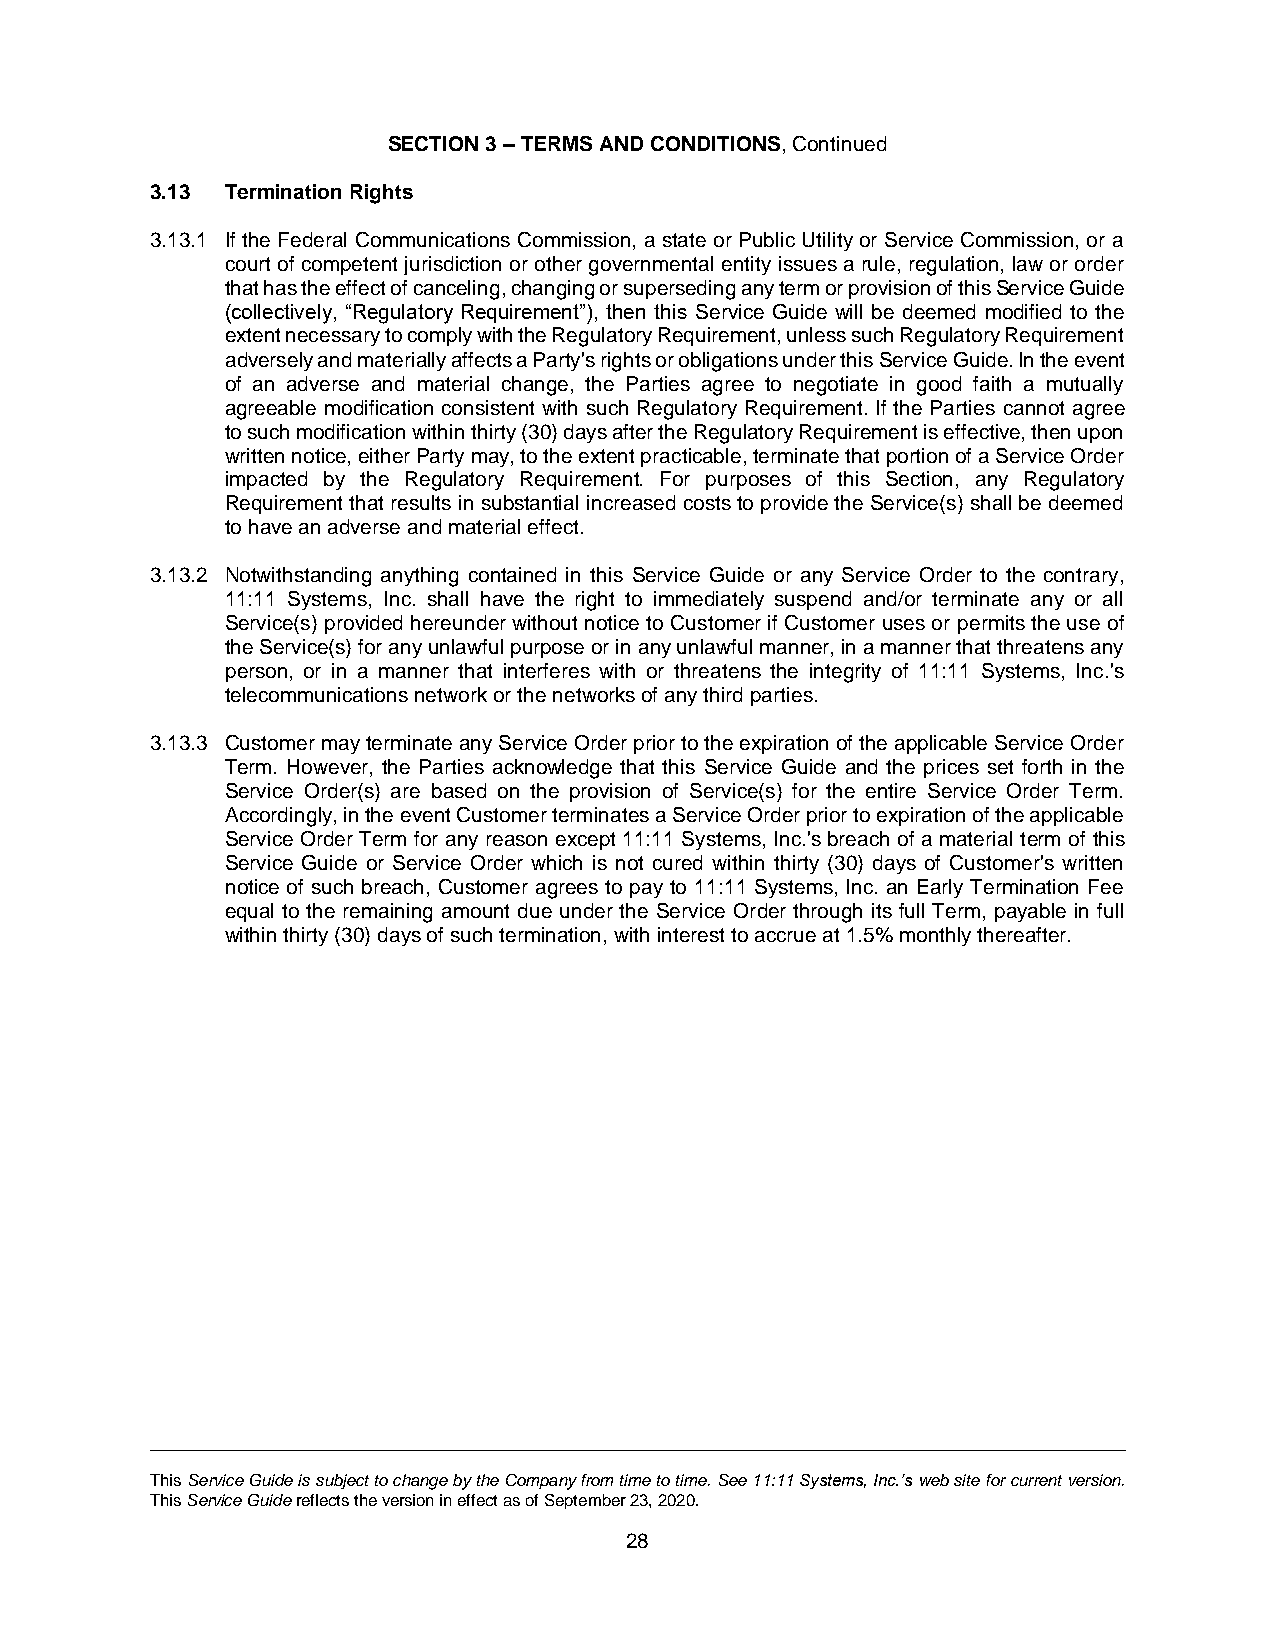
SECTION 3 – TERMS AND CONDITIONS, Continued
 3.13 Termination Rights
 3.13.1 If the Federal Communications Commission, a state or Public Utility or Service Commission, or a
 court of competent jurisdiction or other governmental entity issues a rule, regulation, law or order
 that has the effect of canceling, changing or superseding any term or provision of this Service Guide
 (collectively, “Regulatory Requirement”), then this Service Guide will be deemed modified to the
 extent necessary to comply with the Regulatory Requirement, unless such Regulatory Requirement
 adversely and materially affects a Party's rights or obligations under this Service Guide. In the event
 of an adverse and material change, the Parties agree to negotiate in good faith a mutually
 agreeable modification consistent with such Regulatory Requirement. If the Parties cannot agree
 to such modification within thirty (30) days after the Regulatory Requirement is effective, then upon
 written notice, either Party may, to the extent practicable, terminate that portion of a Service Order
 impacted by the Regulatory Requirement. For purposes of this Section, any Regulatory
 Requirement that results in substantial increased costs to provide the Service(s) shall be deemed
 to have an adverse and material effect.
 3.13.2 Notwithstanding anything contained in this Service Guide or any Service Order to the contrary,
 11:11 Systems, Inc. shall have the right to immediately suspend and/or terminate any or all
 Service(s) provided hereunder without notice to Customer if Customer uses or permits the use of
 the Service(s) for any unlawful purpose or in any unlawful manner, in a manner that threatens any
 person, or in a manner that interferes with or threatens the integrity of 11:11 Systems, Inc.'s
 telecommunications network or the networks of any third parties.
 3.13.3 Customer may terminate any Service Order prior to the expiration of the applicable Service Order
 Term. However, the Parties acknowledge that this Service Guide and the prices set forth in the
 Service Order(s) are based on the provision of Service(s) for the entire Service Order Term.
 Accordingly, in the event Customer terminates a Service Order prior to expiration of the applicable
 Service Order Term for any reason except 11:11 Systems, Inc.'s breach of a material term of this
 Service Guide or Service Order which is not cured within thirty (30) days of Customer's written
 notice of such breach, Customer agrees to pay to 11:11 Systems, Inc. an Early Termination Fee
 equal to the remaining amount due under the Service Order through its full Term, payable in full
 within thirty (30) days of such termination, with interest to accrue at 1.5% monthly thereafter.
 This Service Guide is subject to change by the Company from time to time. See 11:11 Systems, Inc.’s web site for current version.
 This Service Guide reflects the version in effect as of September 23, 2020.
 28